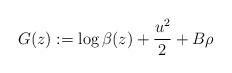
LaTeX: \begin{align*}G(z):= \log \beta(z) + \frac{u^2}{2}+ B \rho\end{align*}